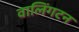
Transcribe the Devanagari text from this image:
वालिंगटन